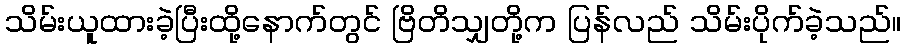
သိမ်းယူထားခဲ့ပြီးထို့နောက်တွင် ဗြိတိသျှတို့က ပြန်လည် သိမ်းပိုက်ခဲ့သည်။